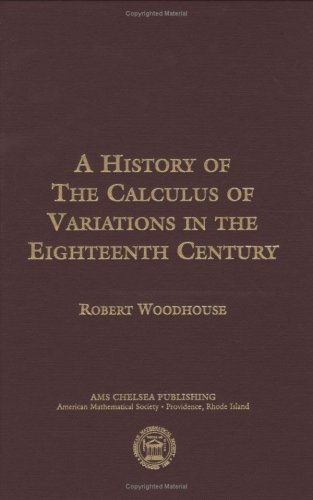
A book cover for A History of the Calculus of Variations in the Eighteenth Century (Ams Chelsea Publishing); Robert Woodhouse; Science & Math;